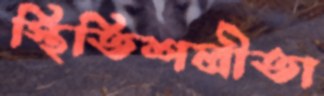
স্থিতিশলীতা